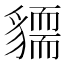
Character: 𧴓